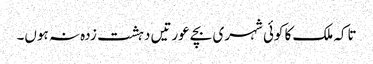
تاکہ ملک کا کوئی شہری بچے عورتیں دہشت زدہ نہ ہوں۔